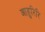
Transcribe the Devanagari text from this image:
आहुरिरि